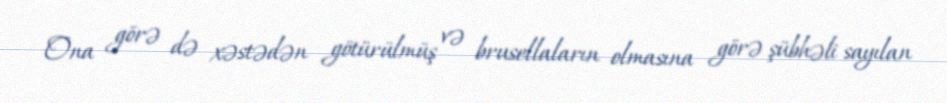
Ona görə də xəstədən götürülmüş və brusellaların olmasına görə şübhəli sayılan